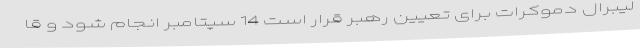
لیبرال دموکرات برای تعیین رهبر قرار است 14 سپتامبر انجام شود و قا